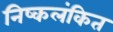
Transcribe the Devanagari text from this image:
निष्कलंकित